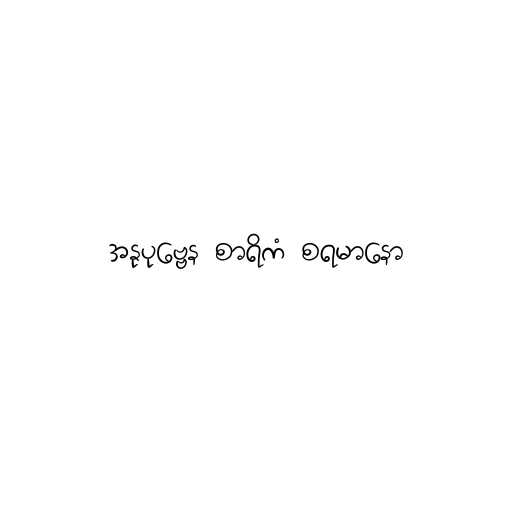
အနုပုဗ္ဗေန စာရိကံ စရမာနော